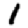
Digit: 1